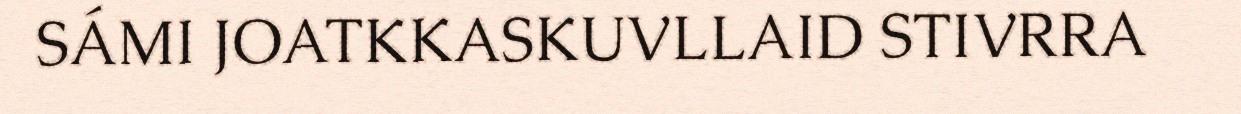
SÁMI JOATKKASKUVLLAID STIVRRA